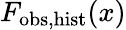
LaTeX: F_{\mathrm{obs,hist}}(x)